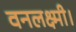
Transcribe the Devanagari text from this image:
वनलक्ष्मी।